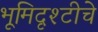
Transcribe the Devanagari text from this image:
भूमिदृश्टीचे